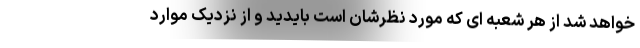
خواهد شد از هر شعبه ای که مورد نظرشان است بایدید و از نزدیک موارد